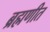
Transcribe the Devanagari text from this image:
ब्रह्मणीत